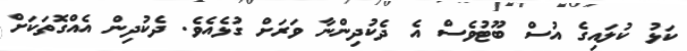
ކަޅު ކުލައިގެ އުސް ބޫޓުވެސް އެ ދެކުދިންނާ ވަރަށް ގުޅެއެވެ. ދެކުދިން އެއްގޮތަކަށް